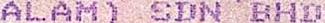
ALAM) SDN BHD